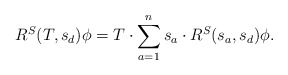
\begin{align*} R^S(T,s_d) \phi = T \cdot \sum_{a=1}^n s_a \cdot R^S(s_a,s_d) \phi.\end{align*}